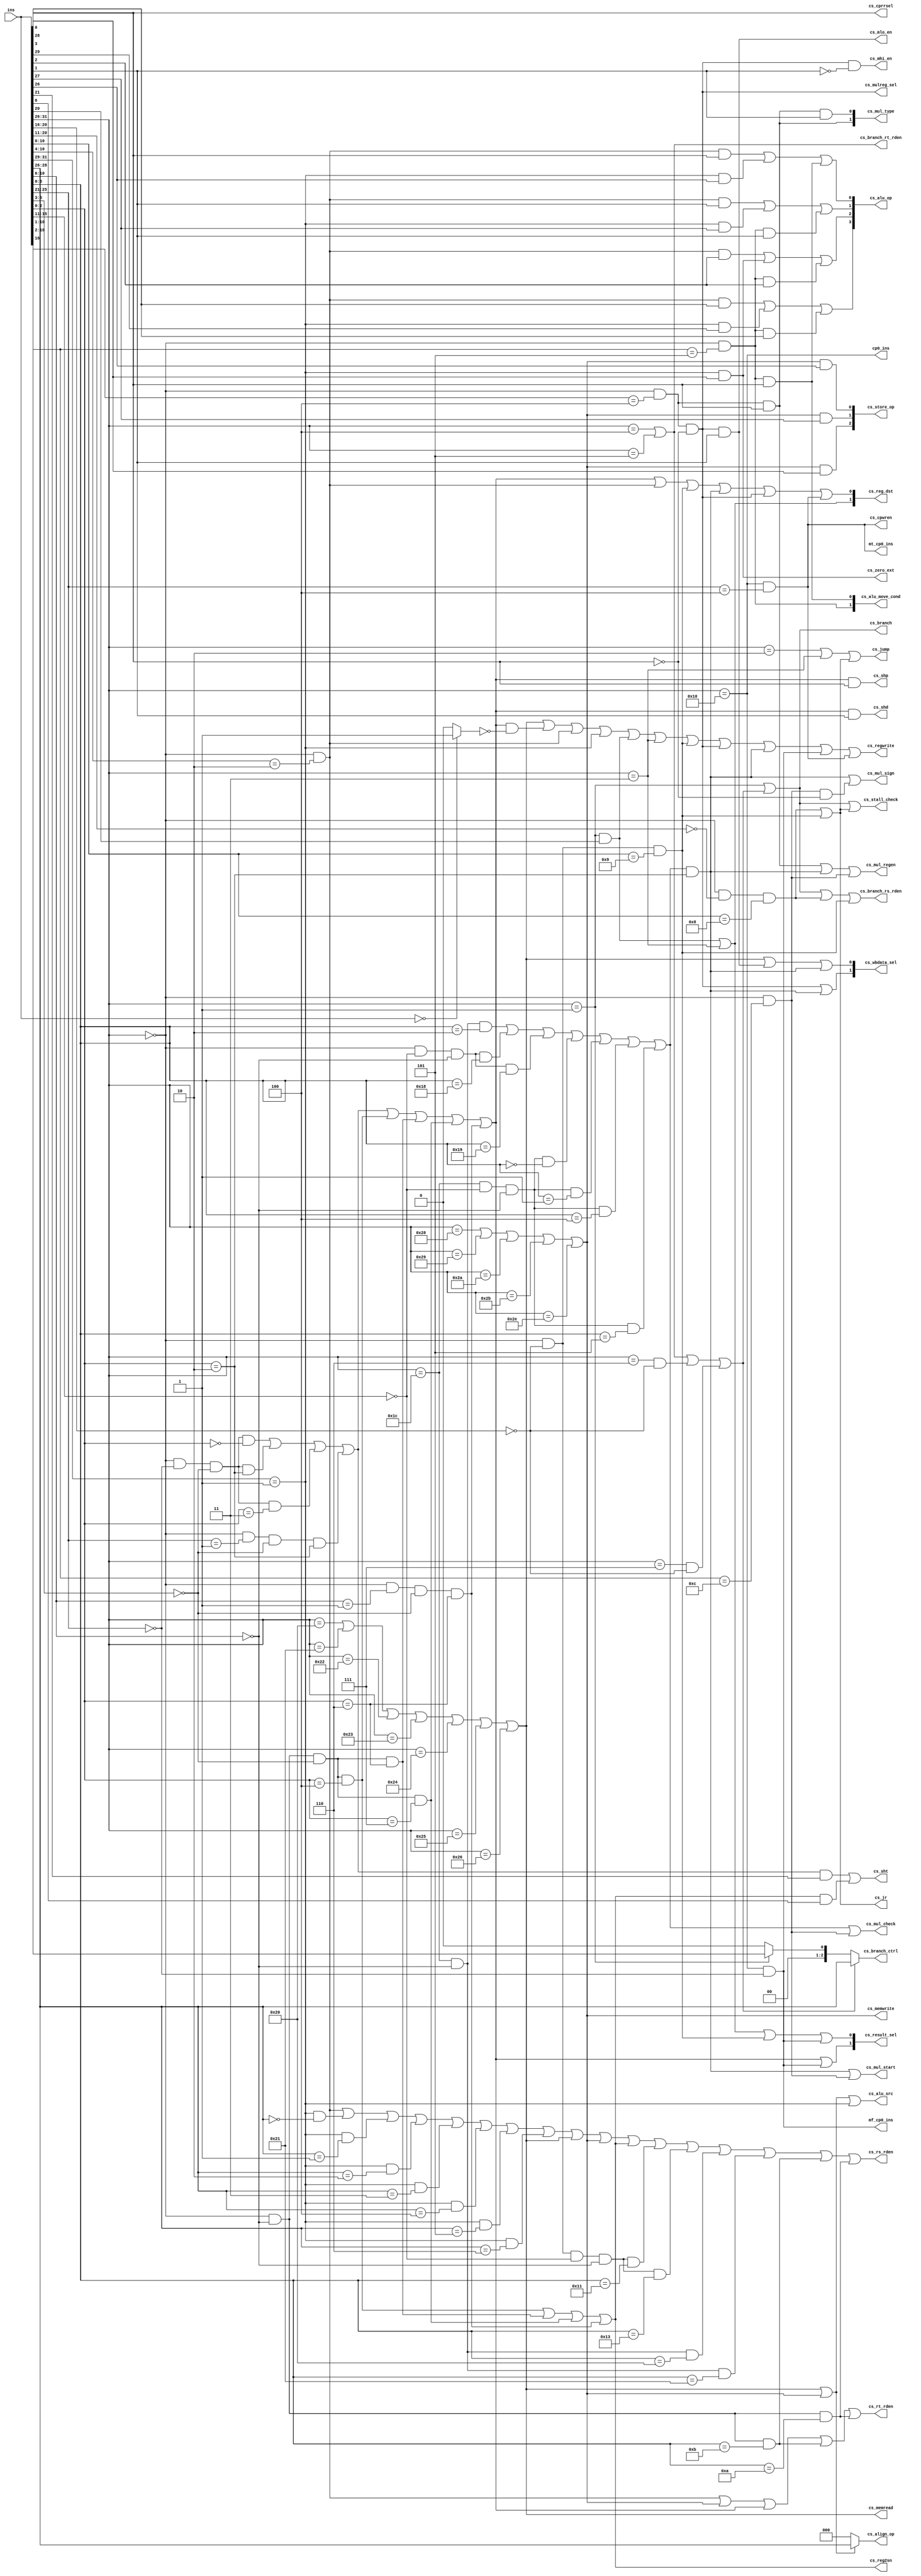
module control_unit(
            ins,
            cs_stall_check,
            cs_mul_check,
            cs_jump,
            cs_jr,
            cs_rs_rden,
            cs_rt_rden,
            cs_branch,
            cs_branch_ctrl,
            cs_zero_ext,
            cs_branch_rs_rden,
            cs_branch_rt_rden,

            cs_alu_src,
            cs_alu_op,
            cs_alu_move_cond,
            cs_reg2sn,
            cs_sht,
            cs_shd,
            cs_shp,
            cs_result_sel,
            cs_reg_dst,

            cs_mul_regen,
            cs_mul_start,
            cs_mul_sign,
            cs_mul_type,

            cs_memwrite,
            cs_memread,
            cs_store_op,
            cs_mhi_en,
            cs_mlo_en,

            cs_align_op,
            cs_mulreg_sel,
            cs_wbdata_sel,
            cs_regwrite,
            cs_cpwren,
            cs_cprrsel,
			cp0_ins,
			mf_cp0_ins,
			mt_cp0_ins
            );

    input   [31:0]  ins;

    output          cs_stall_check;
    output          cs_mul_check;
    output          cs_jump;
    output          cs_jr;
    output          cs_rs_rden;
    output          cs_rt_rden;
    output          cs_branch;
    output  [2:0]   cs_branch_ctrl;
    output          cs_zero_ext;
    output          cs_branch_rs_rden;
    output          cs_branch_rt_rden;

    output          cs_alu_src;
    output  [3:0]   cs_alu_op;
    output  [1:0]   cs_alu_move_cond;
    output          cs_reg2sn;
    output          cs_sht;
    output          cs_shd;
    output          cs_shp;
    output  [1:0]   cs_result_sel;
    output  [1:0]   cs_reg_dst;

    output          cs_mul_regen;
    output          cs_mul_start;
    output          cs_mul_sign;
    output  [1:0]   cs_mul_type;

    output          cs_memwrite;
    output          cs_memread;
    output  [2:0]   cs_store_op;
    output          cs_mhi_en;
    output          cs_mlo_en;

    output  [2:0]   cs_align_op;
    output          cs_mulreg_sel;
    output  [1:0]   cs_wbdata_sel;
    output          cs_regwrite;
    output          cs_cpwren;
    output          cs_cprrsel;
	output			cp0_ins;
	output 			mf_cp0_ins;
	output 			mt_cp0_ins;


    wire            nop_ins;
    wire            shift_ins;
    wire            shift_sa_ins;
    wire            shift_reg_ins;
    wire  SLL_ins;
    wire  SRL_ins;
    wire  SRA_ins;
    wire  ROTR_ins;
    wire  SLLV_ins;
    wire  SRLV_ins;
    wire  SRAV_ins;
    wire  ROTRV_ins;
                            
    wire            arith_reg_ins;
    wire            arith_imm_ins;
    wire            load_ins;
    wire            store_ins;

    wire            branch1_ins;
    wire            branch2_ins;
    wire            BEQ_ins;
    wire            BNE_ins;
    wire            BLEZ_ins;
    wire            BGTZ_ins;

    wire            jump_ins;
    wire            jump_reg_ins;
    wire            J_ins;
    wire            JAL_ins;
    wire            JR_ins;
    wire            JALR_ins;

    wire            move_ins;       // MOVZ, MOVN
    wire            mf_mul_ins;     // MFHI, MFLO
    wire            mt_mul_ins;     // MTHI, MTLO
    wire            multiply_ins;   // MUL, MADD, MADDU, MSUB, MSUBU
    wire            mul_ins;        // MUL
    wire            mult_ins;       // MULT, MULTU
    wire  MUL_ins;
    wire  MULT_ins;
    wire  MULTU_ins;
    wire  MADD_ins;
    wire  MADDU_ins;
    wire  MSUB_ins;
    wire  MSUBU_ins;    
    wire            cp0_ins;
    wire            mf_cp0_ins;
    wire            mt_cp0_ins;

    //=============================================================
    // instruction decoding
    //=============================================================

        assign  nop_ins = (ins[31:0]==32'b0) ? 1'b1 : 1'b0 ;


        //Branch
        assign  branch1_ins = (ins[31:26]==6'b000001) ;
        assign  branch2_ins = BEQ_ins |
                              BNE_ins |
                              BLEZ_ins |
                              BGTZ_ins ;
        assign  BLTZ_ins   = branch1_ins&(ins[20:16]==5'b00000);
        assign  BGEZ_ins   = branch1_ins&(ins[20:16]==5'b00001);
        assign  BLTZAL_ins = branch1_ins&(ins[20:16]==5'b10000);
        assign  BGEZAL_ins = branch1_ins&(ins[20:16]==5'b10001);
        assign  BEQ_ins    = (ins[31:26]==6'b000100);
        assign  BNE_ins    = (ins[31:26]==6'b000101);
        assign  BLEZ_ins   = (ins[31:26]==6'b000110)&(ins[20:16]==5'b00000);
        assign  BGTZ_ins   = (ins[31:26]==6'b000111)&(ins[20:16]==5'b00000);


        //Jump
        assign  jump_ins   = J_ins | JAL_ins ;
        assign  J_ins      = (ins[31:26]==6'b000010);
        assign  JAL_ins    = (ins[31:26]==6'b000011);

        assign  jump_reg_ins = JR_ins | JALR_ins ;
        assign  JR_ins     = (ins[31:26]==6'b0)&
                             (ins[20:11]==10'b0)&
                             (ins[10:0]==11'b00000001000);
        assign  JALR_ins   = (ins[31:26]==6'b0)&
                             (ins[20:16]==5'b0)&
                             (ins[10:0]==11'b00000001001);


        //Arithmetic (Reg.)
        assign  arith_reg_ins = (ins[31:26]==6'b0)&(ins[10:4]==7'b0000010);
        assign  ADD_ins  = arith_reg_ins&(ins[3:0]==4'b0000);
        assign  ADDU_ins = arith_reg_ins&(ins[3:0]==4'b0001);
        assign  SUB_ins  = arith_reg_ins&(ins[3:0]==4'b0010);
        assign  SUBU_ins = arith_reg_ins&(ins[3:0]==4'b0011);
        assign  AND_ins  = arith_reg_ins&(ins[3:0]==4'b0100);
        assign  OR_ins   = arith_reg_ins&(ins[3:0]==4'b0101);
        assign  XOR_ins  = arith_reg_ins&(ins[3:0]==4'b0110);
        assign  NOR_ins  = arith_reg_ins&(ins[3:0]==4'b0111);
        assign  SLT_ins  = arith_reg_ins&(ins[3:0]==4'b1010);
        assign  SLTU_ins = arith_reg_ins&(ins[3:0]==4'b1011);

        //Arithmetic (Imm.)
        assign  arith_imm_ins = (ins[31:29]==3'b001);
        assign  ADDI_ins  = arith_imm_ins&(ins[28:26]==3'b000);
        assign  ADDIU_ins = arith_imm_ins&(ins[28:26]==3'b001);
        assign  SLTI_ins  = arith_imm_ins&(ins[28:26]==3'b010);
        assign  SLTIU_ins = arith_imm_ins&(ins[28:26]==3'b011);
        assign  ANDI_ins  = arith_imm_ins&(ins[28:26]==3'b100);
        assign  ORI_ins   = arith_imm_ins&(ins[28:26]==3'b101);
        assign  XORI_ins  = arith_imm_ins&(ins[28:26]==3'b110);
        assign  LUI_ins   = arith_imm_ins&(ins[28:21]==8'b11100000);

        //CLZ & CLO
        assign  CLZ_ins = (ins[31:26]==6'b011100)&
                          (ins[10:6]==5'b00000)&
                          (ins[5:0]==6'b100000);

        assign  CLO_ins = (ins[31:26]==6'b011100)&
                          (ins[10:6]==5'b00000)&
                          (ins[5:0]==6'b100001);

        //Load
        assign  LB_ins  = (ins[31:26]==6'b100000);
        assign  LH_ins  = (ins[31:26]==6'b100001);
        assign  LWL_ins = (ins[31:26]==6'b100010);
        assign  LW_ins  = (ins[31:26]==6'b100011);
        assign  LBU_ins = (ins[31:26]==6'b100100);
        assign  LHU_ins = (ins[31:26]==6'b100101);
        assign  LWR_ins = (ins[31:26]==6'b100110);

        assign  load_ins = LB_ins  |
                           LH_ins  |
                           LWL_ins |
                           LW_ins  |
                           LBU_ins |
                           LHU_ins |
                           LWR_ins ;

        //Store
        assign  SB_ins    = (ins[31:26]==6'b101000);
        assign  SH_ins    = (ins[31:26]==6'b101001);
        assign  SWL_ins   = (ins[31:26]==6'b101010);
        assign  SW_ins    = (ins[31:26]==6'b101011);
        assign  SWR_ins   = (ins[31:26]==6'b101110);

        assign  store_ins = SB_ins  |
                            SH_ins  |
                            SWL_ins |
                            SW_ins  |
                            SWR_ins ;



       //Shift
        assign  shift_ins = SLL_ins  |
                            SRL_ins  |
                            SRA_ins  |
                            ROTR_ins |
                            SLLV_ins |
                            SRLV_ins |
                            SRAV_ins |
                            ROTRV_ins;

        assign  shift_sa_ins = SLL_ins |
                               SRL_ins |
                               SRA_ins |
                               ROTR_ins;

        assign  shift_reg_ins = SLLV_ins |
                                SRLV_ins |
                                SRAV_ins |
                                ROTRV_ins;

        assign  SLL_ins   = (ins[31:26]==6'b000000)&
                            (ins[25:21]==5'b00000)&
                            (ins[5:3]==3'b000)&
                            (ins[2:0]==3'b000);

        assign  SRL_ins   = (ins[31:26]==6'b000000)&
                            (ins[25:21]==5'b00000)&
                            (ins[5:3]==3'b000)&
                            (ins[2:0]==3'b010);

        assign  SRA_ins   = (ins[31:26]==6'b000000)&
                            (ins[25:21]==5'b00000)&
                            (ins[5:3]==3'b000)&
                            (ins[2:0]==3'b011);

        assign  ROTR_ins  = (ins[31:26]==6'b000000)&
                            (ins[25:21]==5'b00001)&
                            (ins[5:3]==3'b000)&
                            (ins[2:0]==3'b010);

        assign  SLLV_ins  = (ins[31:26]==6'b000000)&
                            (ins[10:6]==5'b00000)&
                            (ins[5:3]==3'b000)&
                            (ins[2:0]==3'b100);

        assign  SRLV_ins  = (ins[31:26]==6'b000000)&
                            (ins[10:6]==5'b00000)&
                            (ins[5:3]==3'b000)&
                            (ins[2:0]==3'b110);

        assign  SRAV_ins  = (ins[31:26]==6'b000000)&
                            (ins[10:6]==5'b00000)&
                            (ins[5:3]==3'b000)&
                            (ins[2:0]==3'b111);

        assign  ROTRV_ins = (ins[31:26]==6'b000000)&
                            (ins[10:6]==5'b00001)&
                            (ins[5:3]==3'b000)&
                            (ins[2:0]==3'b110);


        //Move
        assign  MFHI_ins = (ins[31:26]==6'b000000)&
                           (ins[25:21]==5'b00000)&
                           (ins[20:16]==5'b00000)&
                           (ins[10:6]==5'b00000)&
                           (ins[5:0]==6'b010000);

        assign  MTHI_ins = (ins[31:26]==6'b000000)&
                           (ins[20:16]==5'b00000)&
                           (ins[15:11]==5'b00000)&
                           (ins[10:6]==5'b00000)&
                           (ins[5:0]==6'b010001);

        assign  MFLO_ins = (ins[31:26]==6'b000000)&
                           (ins[25:21]==5'b00000)&
                           (ins[20:16]==5'b00000)&
                           (ins[10:6]==5'b00000)&
                           (ins[5:0]==6'b010010);

        assign  MTLO_ins = (ins[31:26]==6'b000000)&
                           (ins[20:16]==5'b00000)&
                           (ins[15:11]==5'b00000)&
                           (ins[10:6]==5'b00000)&
                           (ins[5:0]==6'b010011);

        assign  MOVZ_ins = (ins[31:26]==6'b000000)&
                           (ins[10:6]==5'b00000)&
                           (ins[5:0]==6'b001010);

        assign  MOVN_ins = (ins[31:26]==6'b000000)&
                           (ins[10:6]==5'b00000)&
                           (ins[5:0]==6'b001011);


        assign  move_ins = (ins[31:26]==6'b0)&(ins[10:1]==10'b0000000101);



        //Multiply
        assign  multiply_ins = MUL_ins   |
                               MULT_ins  |
                               MULTU_ins |
                               MADD_ins  |
                               MADDU_ins |
                               MSUB_ins  |
                               MSUBU_ins ;

        assign  mul_add_sub_ins =  MADD_ins  |
                                   MADDU_ins |
                                   MSUB_ins  |
                                   MSUBU_ins ;

        assign  MUL_ins   = (ins[31:26]==6'b011100)&
                            (ins[10:6]==5'b00000)&
                            (ins[5:0]==6'b000010);

        assign  MULT_ins  = (ins[31:26]==6'b000000)&
                            (ins[15:11]==5'b00000)&
                            (ins[10:6]==5'b00000)&
                            (ins[5:0]==6'b011000);

        assign  MULTU_ins = (ins[31:26]==6'b000000)&
                            (ins[15:11]==5'b00000)&
                            (ins[10:6]==5'b00000)&
                            (ins[5:0]==6'b011001);

        assign  MADD_ins  = (ins[31:26]==6'b011100)&
                            (ins[15:11]==5'b00000)&
                            (ins[10:6]==5'b00000)&
                            (ins[5:0]==6'b000000);

        assign  MADDU_ins = (ins[31:26]==6'b011100)&
                            (ins[15:11]==5'b00000)&
                            (ins[10:6]==5'b00000)&
                            (ins[5:0]==6'b000001);

        assign  MSUB_ins  = (ins[31:26]==6'b011100)&
                            (ins[15:11]==5'b00000)&
                            (ins[10:6]==5'b00000)&
                            (ins[5:0]==6'b000100);

        assign  MSUBU_ins = (ins[31:26]==6'b011100)&
                            (ins[15:11]==5'b00000)&
                            (ins[10:6]==5'b00000)&
                            (ins[5:0]==6'b000101);

        assign  mf_mul_ins = (ins[31:26]==6'b0)&
                             (ins[10:2]==9'b000000100)&
                             (ins[0]==1'b0);

        assign  mt_mul_ins = (ins[31:26]==6'b0)&
                             (ins[10:2]==9'b000000100)&
                             (ins[0]==1'b1);

        assign  mul_ins =  multiply_ins & (ins[2:0]==3'b010) ;

        assign  mult_ins = (ins[31:26]==6'b0)&(ins[10:1]==10'b0000001100);

        assign  cp0_ins = (ins[31:26]==6'b010000);
        assign  mf_cp0_ins = cp0_ins & (ins[25:21]==5'b00000);
        assign  mt_cp0_ins = cp0_ins & (ins[25:21]==5'b00100);


    //=============================================================
    // ID-Stage : Branch instruction
    //=============================================================
    assign  cs_branch = branch1_ins | branch2_ins;

    assign  cs_rs_rden = arith_reg_ins |
                         ADDI_ins  |
                         ADDIU_ins |
                         SLTI_ins  |
                         SLTIU_ins |
                         ANDI_ins  |
                         ORI_ins   |
                         XORI_ins  |
                         load_ins  |
                         store_ins |
                         shift_reg_ins |
                         MTHI_ins |
                         MTLO_ins |
                         CLZ_ins  |
                         CLO_ins  |
                         MOVN_ins |
                         MOVZ_ins ;

    assign  cs_rt_rden = arith_reg_ins |
                         store_ins |
                         shift_ins |
                         MOVN_ins  |
                         MOVZ_ins  ;

    //=============================================================
    // ID-Stage : Branch/Jump control signals
    //=============================================================
    assign  cs_jump = jump_ins | jump_reg_ins;
    assign  cs_jr = jump_reg_ins;

    //=============================================================
    // ID-Stage : Hazard Detection Unit control signals
    //=============================================================
    assign  cs_stall_check = branch1_ins|branch2_ins|jump_reg_ins;
    assign  cs_mul_check = multiply_ins | mult_ins;

    assign  cs_branch_rs_rden = branch1_ins |
                                branch2_ins |
                                JR_ins |
                                JALR_ins ;

    assign  cs_branch_rt_rden = BEQ_ins |
                                BNE_ins ;

    //=============================================================
    // ID-Stage : (branch_unit) Mux the output value
    //=============================================================
    assign  cs_branch_ctrl = (branch2_ins==1'b1) ? ins[28:26] :
                             (branch1_ins==1'b1) ? {2'b0,ins[16]} :
                             3'b000 ;

    //=============================================================
    // ID-Stage : Sign or Zero Extend
    //-------------------------------------------------------------
    //      1'b0 : id_extend_bus = sign_ext(ins[15:0])
    //      1'b1 : id_extend_bus = zero_ext(ins[15:0])
    //=============================================================
    assign  cs_zero_ext = arith_imm_ins & ins[28] ;

    //=============================================================
    // EX-Stage : Mux the alu_bin data
    //-------------------------------------------------------------
    //      1'b0 : alu_bin = b_bus2
    //      1'b1 : alu_bin = sign_ext
    //=============================================================
    assign  cs_alu_src = load_ins | store_ins | arith_imm_ins;


    //=============================================================
    // EX-Stage : ALUop control signals
    //=============================================================
    assign  cs_alu_op[3] = (arith_reg_ins&ins[3])|
                           (arith_imm_ins&ins[29])|
                           (move_ins&ins[3]);
    assign  cs_alu_op[2] = (arith_reg_ins&ins[2])|
                           (arith_imm_ins&ins[28])|
                           (move_ins&ins[2]);
    assign  cs_alu_op[1] = (arith_reg_ins&ins[1])|
                           (arith_imm_ins&ins[27])|
                           (move_ins&ins[1]);
    assign  cs_alu_op[0] = (arith_reg_ins&ins[0])|
                           (arith_imm_ins&ins[26])|
                           (move_ins&ins[0]);


    //=============================================================
    // EX-Stage : Condition write control signals
    //=============================================================
    assign  cs_alu_move_cond[1] = move_ins ;
    assign  cs_alu_move_cond[0] = (move_ins&ins[0]) ;


    //=============================================================
    // EX-Stage : Shifter control signals
    //=============================================================
    assign  cs_reg2sn = shift_reg_ins;
    assign  cs_sht = (shift_sa_ins&ins[21])|(shift_reg_ins&ins[6]);
    assign  cs_shd = shift_ins & ins[1];
    assign  cs_shp = shift_ins & ins[0];

    //=============================================================
    // EX-Stage : Coprocessor Access control signals
    //=============================================================
    assign  cs_cpwren = mt_cp0_ins;
    assign  cs_cprrsel = ins[0];


    //=============================================================
    // EX-Stage : Mux the execution output value
    //-------------------------------------------------------------
    //      2'b00 : result_bus = alu_out
    //      2'b01 : result_bus = ex_pca8 (Jump)
    //      2'b10 : result_bus = shifter_out
    //      2'b11 : result_bus = coprocess read bus
    //=============================================================
    assign  cs_result_sel[1] = (shift_ins) | (mf_cp0_ins);
    assign  cs_result_sel[0] = (branch1_ins&ins[20])|
                               (JAL_ins)|
                               (JALR_ins)|
                               (mf_cp0_ins);


    //=============================================================
    // EX-Stage : Mux the destination register number
    //-------------------------------------------------------------
    //      2'b00 : write_num = ins_rt
    //      2'b01 : write_num = ins_rd
    //      2'b10 : write_num = 5'b11111
    //      2'b11 : write_num = 5'b00000
    //=============================================================
    assign  cs_reg_dst[1] = (branch1_ins&ins[20])|
                            (JAL_ins);

    assign  cs_reg_dst[0] = (shift_ins)|
                            (arith_reg_ins)|
                            (JALR_ins)|
                            (mul_ins)|
                            (mf_mul_ins)|
							(mt_cp0_ins);		//add for cp0 ins


    //=============================================================
    // EX-Stage : MUL control signals
    //=============================================================
    assign  cs_mul_regen = (mt_mul_ins) |
                           (mul_ins) |
                           (mult_ins) ;
    assign  cs_mul_start = (mul_ins) |
                           (mult_ins) ;

    // [0]unsigned [1]signed
    assign  cs_mul_sign = (mul_ins) |
                          (mult_ins&(~ins[0])) ;

    //=============================================================
    // EX-Stage : MUL control signals
    //-------------------------------------------------------------
    //      2'b0x : Multiply
    //      2'b10 : Move to HI
    //      2'b11 : Move to LO
    //=============================================================
    assign  cs_mul_type[1] = (mt_mul_ins);
    assign  cs_mul_type[0] = (mt_mul_ins&ins[1]);

    //=============================================================
    // MEM-Stage : Memory accessing
    //=============================================================
    assign  cs_memwrite = store_ins;
    assign  cs_memread = load_ins;

    assign  cs_store_op[2] = store_ins&ins[28];
    assign  cs_store_op[1] = store_ins&ins[27];
    assign  cs_store_op[0] = store_ins&ins[26];


    //=============================================================
    // MEM-Stage : HI/LO Register Enable (MFHI, MFLO)
    //=============================================================
    assign  cs_mhi_en = mf_mul_ins&(~ins[1]) ;
    assign  cs_mlo_en = mf_mul_ins&ins[1]  ;

    //=============================================================
    // WB-Stage : Alignment Opcode
    //=============================================================
    assign  cs_align_op = (load_ins|store_ins)
                          ? ins[28:26]
                          : 3'b000 ;

    //=============================================================
    // WB-Stage : Mux the value to write register
    //-------------------------------------------------------------
    //      1'b0 : i_mul_hi = m_mul_hi
    //             i_mul_lo = m_mul_lo
    //      1'b1 : i_mul_hi = wb_mul_hi
    //             i_mul_lo = wb_mul_lo
    //=============================================================
    assign  cs_mulreg_sel = mf_mul_ins ;


    //=============================================================
    // WB-Stage : Mux the value to write register
    //-------------------------------------------------------------
    //      2'b00 : write_bus = wb_result_bus
    //      2'b01 : write_bus = wb_rdata_bus
    //      2'b10 : write_bus = mul_hi
    //      2'b11 : write_bus = mul_lo
    //=============================================================
    assign  cs_wbdata_sel[1] = (mf_mul_ins)|
                               (mul_ins);

    assign  cs_wbdata_sel[0] = (load_ins)|
                               (mf_mul_ins&ins[1])|
                               (mul_ins);


    //=============================================================
    // WB-Stage : Enable the regiser to store data
    //=============================================================
    assign  cs_regwrite = (load_ins)|
                          (shift_ins&(~nop_ins))|
                          (arith_reg_ins)|
                          (arith_imm_ins)|
                          (branch1_ins&ins[20])|
                          (JAL_ins)|
                          (JALR_ins)|
                          (mf_mul_ins)|
                          (mul_ins)|
                          (mf_cp0_ins)|
						  (mt_cp0_ins)     //  add of cp0
                          ;



endmodule